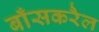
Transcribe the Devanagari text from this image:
बाँसकरैल